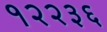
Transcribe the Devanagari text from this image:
१२२३६